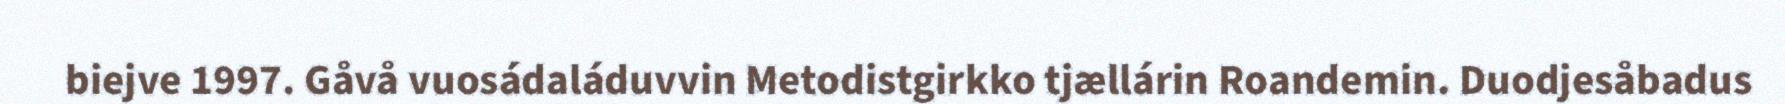
biejve 1997. Gåvå vuosádaláduvvin Metodistgirkko tjællárin Roandemin. Duodjesåbadus